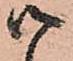
御